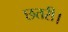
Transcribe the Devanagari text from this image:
छतरी।